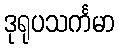
ဒုရုပသင်္ကမာ